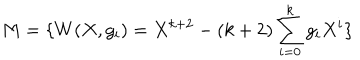
M = \{ W ( X , g _ { i } ) = X ^ { k + 2 } - ( k + 2 ) \sum _ { i = 0 } ^ { k } g _ { i } X ^ { i } \}